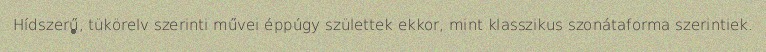
Hídszerű, tükörelv szerinti művei éppúgy születtek ekkor, mint klasszikus szonátaforma szerintiek.